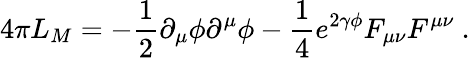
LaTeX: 4\pi L_{M}=-\frac{1}{2}\partial_{\mu}\phi\partial^{\mu}\phi-\frac{1}{4}e^{2\gamma\phi}F_{\mu\nu}F^{\mu\nu}\ .